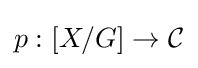
p:[X/G]\to {\mathcal {C}}